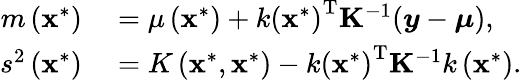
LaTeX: \begin{array}{rl}{m\left(\mathbf{x}^{*}\right)}&{{}=\mu\left(\mathbf{x}^{*}\right)+k\left(\mathbf{x}^{*}\right)^{\mathrm{T}}\mathbf{K}^{-1}(\boldsymbol{y}-\boldsymbol{\mu}),}\\ {s^{2}\left(\mathbf{x}^{*}\right)}&{{}=K\left(\mathbf{x}^{*},\mathbf{x}^{*}\right)-k\left(\mathbf{x}^{*}\right)^{\mathrm{T}}\mathbf{K}^{-1}k\left(\mathbf{x}^{*}\right).}\end{array}